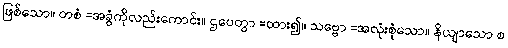
ဖြစ်သော။ တစံ =အခွံကိုလည်းကောင်း။ ဌပေတွာ =ထား၍။ သဗ္ဗော =အလုံးစုံသော။ နိယျာသော စ